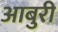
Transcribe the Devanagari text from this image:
आबुरी